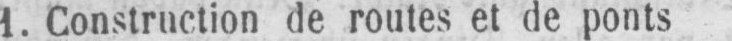
1. Construction de routes et de ponts